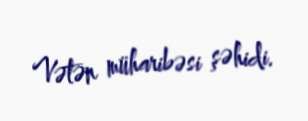
Vətən müharibəsi şəhidi.